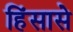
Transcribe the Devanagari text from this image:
हिंसासे